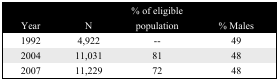
| Year | N | % of eligible population | % Males |
 | --- | --- | --- | --- |
 | 1992 | 4,922 | -- | 49 |
 | 2004 | 11,031 | 81 | 48 |
 | 2007 | 11,229 | 72 | 48 |